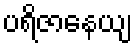
ပရိဇာနေယျ